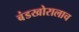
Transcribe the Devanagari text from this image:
बंडखोरालाच